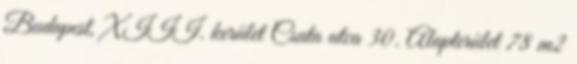
Budapest, XIII. kerület Csata utca 30. Alapterület 78 m2